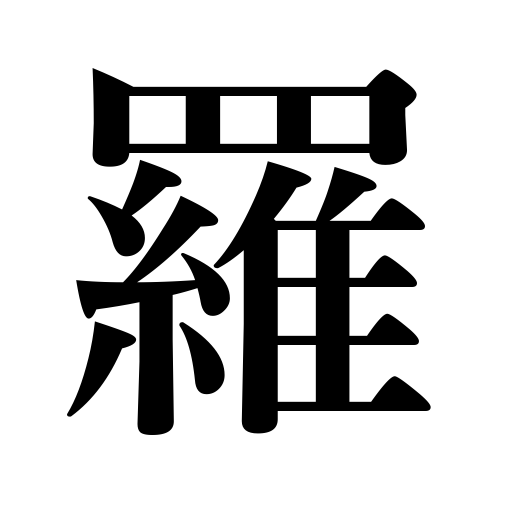
Meanings: silk gauze,thin silk